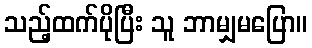
သည့်ထက်ပိုပြီး သူ ဘာမျှမပြော။